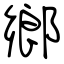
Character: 鄉